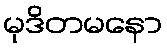
မုဒိတမနော